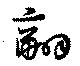
翮